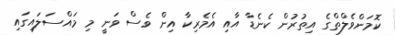
ކޮމަންވެލްތްގެ އިތުރުން ކެނެޑާ އާއި އެމެރިކާ އިން ވެސް ވަނީ މި މައްސަލައިގައި